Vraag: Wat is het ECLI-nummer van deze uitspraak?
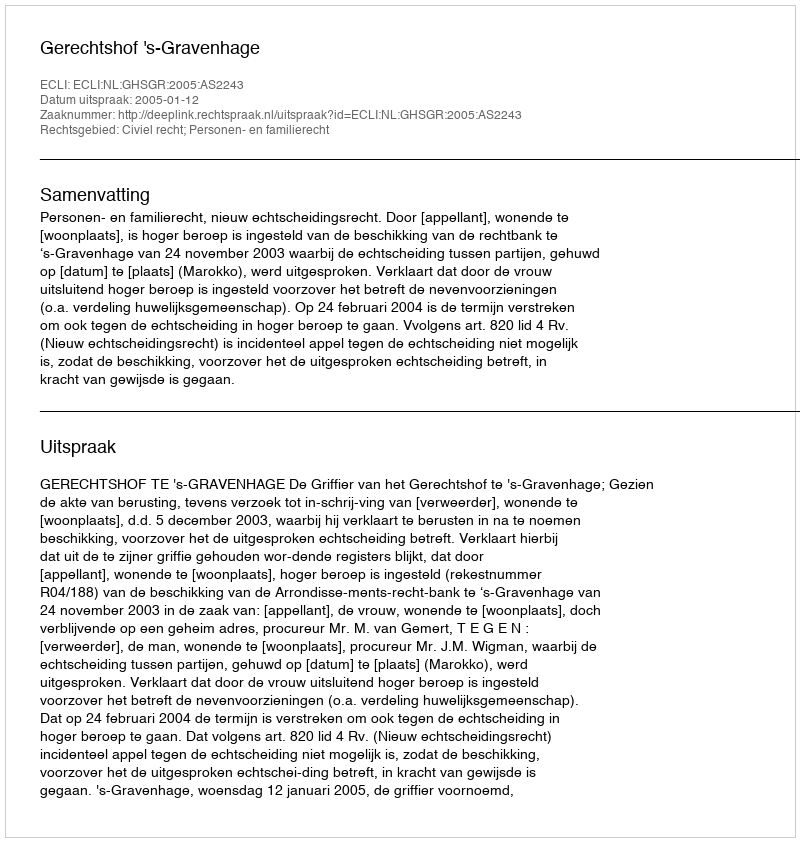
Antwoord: ECLI:NL:GHSGR:2005:AS2243